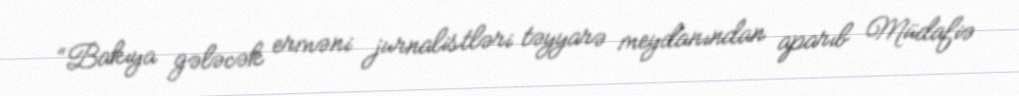
“Bakıya gələcək erməni jurnalistləri təyyarə meydanından aparıb Müdafiə